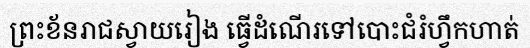
ព្រះខ័នរាជស្វាយរៀង ធ្វើដំណើរទៅបោះជំរំហ្វឹកហាត់